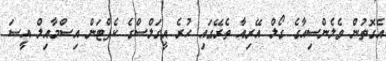
އެގޮތުން ވެލެންސިއާގެ ގޯލް އޭރިއާ ތެރޭގައި ހުރެ އީގަލްސްގެ ކެޕްޓަން އިސްމާއިލް އީސަ